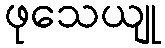
ဖုသေယျု